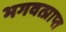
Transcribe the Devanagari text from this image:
भगवत्प्राप्त